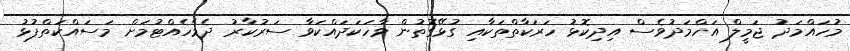
މުހައްމަދު ޖަމީލް އަހްމަދުވެސް އިދިކޮޅު ހަރަކާތްތަކާއި ގުޅޭގޮތުން ވާހަކަދައްކަވާ ސަރުކާރު ދެމެހެއްޓުމަށް މަސައްކަތްޕުޅު